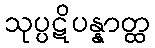
သုပ္ပဋိပန္နာတ္ထ